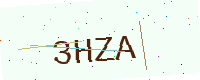
Text: 3HZA